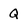
Character: Q